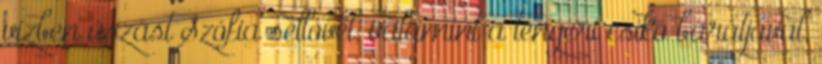
vízben úszást Szófia sellovel, valamint a tengeri csikó barátjával,